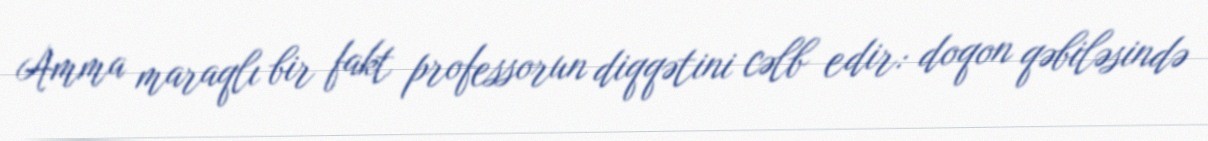
Amma maraqlı bir fakt professorun diqqətini cəlb edir: doqon qəbiləsində